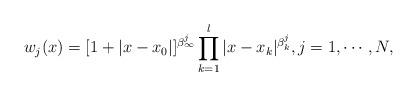
LaTeX: \begin{align*}w_j(x)= [1+|x-x_0|]^{\beta_\infty^j}\prod_{k=1}^l|x-x_k|^{\beta_k^j}, j=1,\cdots,N,\end{align*}